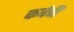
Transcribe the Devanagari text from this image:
कर्वची